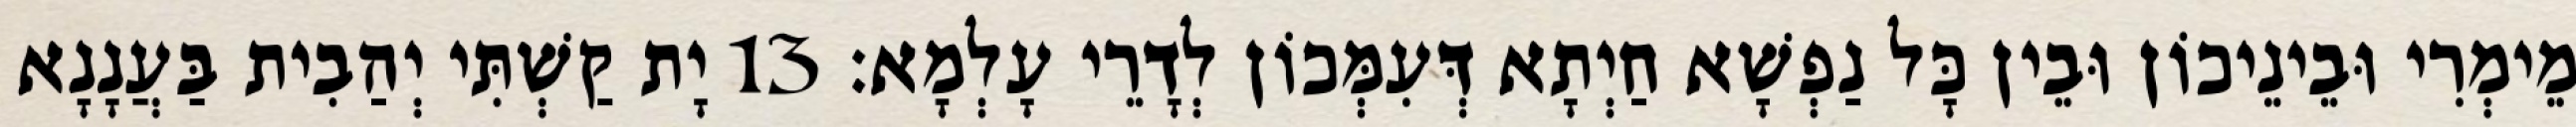
מֵימְרִי וּבֵינֵיכוֹן וּבֵין כָּל נַפְשָׁא חַיְתָא דְּעִמְּכוֹן לְדָרֵי עָלְמָא׃ 13 יָת קַשְׁתִּי יְהַבִית בַּעֲנָנָא